Civil Veterinary Department. Madras. Admin. report 1926-33 - 1926-1933
Year: 1926
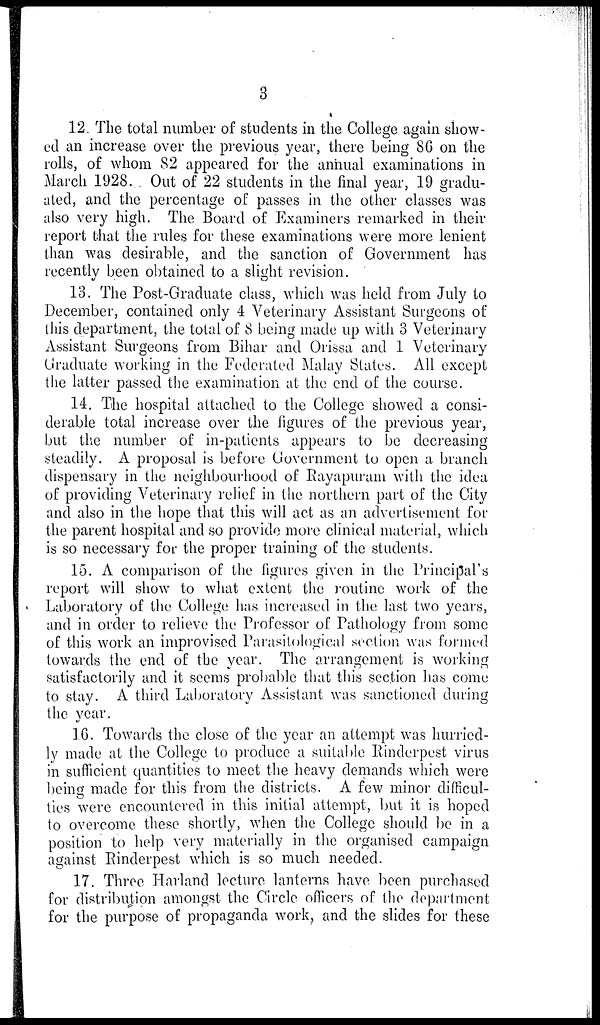
3
12. The total number of students in the College again show-
ed an increase over the previous year, there being 86 on the
rolls, of whom 82 appeared for the annual examinations in
March 1928. Out of 22 students in the final year, 19 gradu-
ated, and the percentage of passes in the other classes was
also very high. The Board of Examiners remarked in their
report that the rules for these examinations were more lenient
than was desirable, and the sanction of Government has
recently been obtained to a slight revision.
13. The Post-Graduate class, which was held from July to
December, contained only 4 Veterinary Assistant Surgeons of
this department, the total of 8 being made up with 3 Veterinary
Assistant Surgeons from Bihar and Orissa and 1 Veterinary
Graduate working in the Federated Malay States. All except
the latter passed the examination at the end of the course.
14. The hospital attached to the College showed a consi-
derable total increase over the figures of the previous year,
but the number of in-patients appears to be decreasing
steadily. A proposal is before Government to open a branch
dispensary in the neighbourhood of Rayapuram with the idea
of providing Veterinary relief in the northern part of the City
and also in the hope that this will act as an advertisement for
the parent hospital and so provide more clinical material, which
is so necessary for the proper training of the students.
15. A comparison of the figures given in the Principal's
report will show to what extent the routine work of the
Laboratory of the College has increased in the last two years,
and in order to relieve the Professor of Pathology from some
of this work an improvised Parasitological section was formed
towards the end of the year. The arrangement is working
satisfactorily and it seems probable that this section has come
to stay. A third Laboratory Assistant was sanctioned during
the year.
16. Towards the close of the year an attempt was hurried-
ly made at the College to produce a suitable Rinderpest virus
in sufficient quantities to meet the heavy demands which were
being made for this from the districts. A few minor difficul-
ties were encountered in this initial attempt, but it is hoped
to overcome these shortly, when the College should be in a
position to help very materially in the organised campaign
against Rinderpest which is so much needed.
17. Three Harland lecture lanterns have been purchased
for distribution amongst the Circle officers of the department
for the purpose of propaganda work, and the slides for these